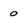
Character: 0